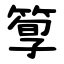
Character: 箰